Report on inoculation in the plague infected areas of the Punjab and its dependencies from October 1900 to September 1901
Year: 1900
Disease focus: Plague
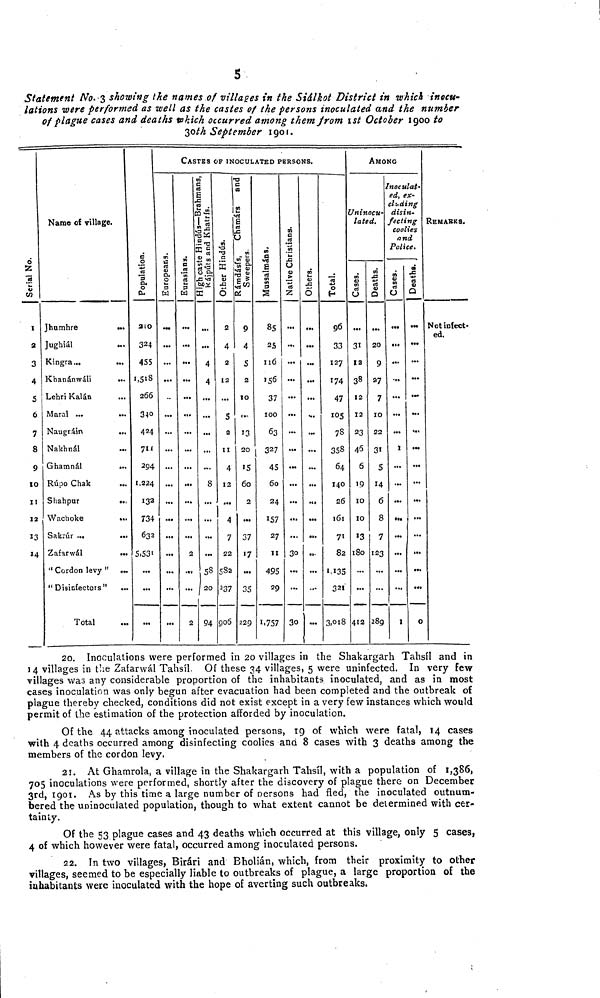
5
Statement No. 3 showing the names of villages in the Siálkot District in which inocu-
lations were performed as well as the castes of the persons inoculated and the number
of plague cases and deaths which occurred among them from 1st October 1900 to
30th September 1901.
Serial No.
I
2
3
4
5
6
7
8
9
10
11
12
13
14
Name of village.
Jhumhre
...
Jughiál
...
Kingra...
...
Khanánwáli
...
Lehri Kalán
Maral ...
..
Naugráin
...
Nakhnál
Ghamnál
..
Rúpo Chak
Wachoke
...
Sakrúr ...
..
Zafarwál
..
" Cordon levy "
" Disinfectors"
..
Total
Population.
210
324
455
1,518
266
340
424
711
294
1,224
132
734
632
5,531
...
...
CASTeS OF INOCULATED PERSONS.
Europeans.
...
...
...
...
...
...
...
...
...
...
...
...
...
...
Eurasians.
...
...
...
...
...
...
...
...
...
...
2
...
2
High caste Hindús-Brahmans,
Kájpúra and Khatris.
...
4
4
...
...
...
...
8
...
...
...
53
20
94
Other Hindús.
2
4
2
12
5
2
II
4
12
«
7
22
532
237
906
Rámdásis, Chamárs and
Sweepers
9
4
5
2
10
..
13
20
15
60
2
...
37
17
...
35
229
Mussalmáns,
85
25
116
156
37
100
63
327
45
60
24
157
27
11
495
29
1.757
Native Christians.
...
...
...
...
...
...
...
...
...
...
...
...
30
...
30
Others.
...
...
...
...
...
...
...
...
...
...
...
...
..
...
...
Total.
96
33
127
174
47
105
78
358
64
140
26
161
71
82
1135
321
3,018
AMONG
Uninocu-
lated.
Cases.
31
12
38
12
12
23
46
6
19
10
10
>3
180
412
Deaths.
20
9
27
7
10
22
31
5
14
6
8
7
123
289
Inoculat-
ed, ex-
cluding
disin-
fecting
coolies
and
Police.
Cases.
...
...
...
...
...
...
I
...
...
...
...
...
...
I
Deaths.
• M
...
...
...
...
...
...
...
...
...
...
...
...
...
0
REMArKS.
Not infect-
ed.
20. Inoculations were performed in 20 villages in the Shakargarh Tahsíl and in
14 villages in the Zafarwál Tahsíl Of these 34 villages, 5 were uninfected. In very few
villages was any considerable proportion of the inhabitants inoculated, and as in most
cases inoculation was only begun after evacuation had been completed and the outbreak of
plague thereby checked, conditions did not exist except in a very few instances which would
permit of the estimation of the protection afforded by inoculation.
Of the 44 attacks among inoculated persons, 19 of which were fatal, 14 cases
with 4 deaths occurred among disinfecting coolies ana 8 cases with 3 deaths among the
members of the cordon levy.
21. At Ghamrola, a village in the Shakargarh Tahsíl, with a population of 1,386,
705 inoculations were performed, shortly after the discovery of plague there on December
3rd, 1901. As by this time a large number of persons had fled, the inoculated outnum-
bered the uninoculated population, though to what extent cannot be determined with cer-
tainty.
Of the 53 plague cases and 43 deaths which occurred at this village, only 5 cases,
4 of which however were fatal, occurred among inoculated persons.
22. In two villages, Birári and Bholián, which, from their proximity to other
villages, seemed to be especially liable to outbreaks of plague, a large proportion of the
inhabitants were inoculated with the hope of averting such outbreaks.